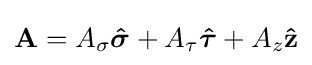
\mathbf {A} =A_{\sigma }{\boldsymbol {\hat {\sigma }}}+A_{\tau }{\boldsymbol {\hat {\tau }}}+A_{z}\mathbf {\hat {z}}